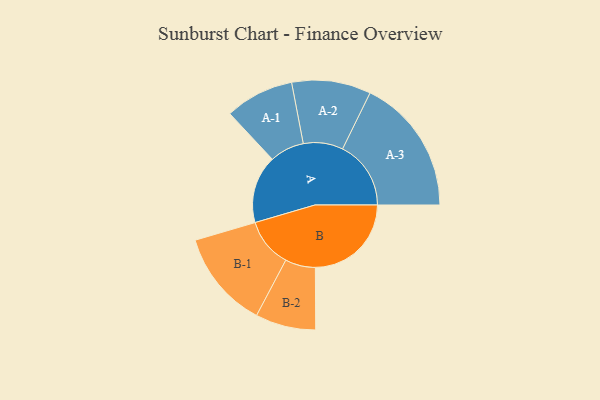
{"axis": {"x": "Segment", "y": "Value"}, "legend": ["", "A", "B"], "data": [{"x": "A", "y": 238, "type": ""}, {"x": "B", "y": 337, "type": ""}, {"x": "A-1", "y": 121, "type": "A"}, {"x": "A-2", "y": 139, "type": "A"}, {"x": "A-3", "y": 240, "type": "A"}, {"x": "B-1", "y": 172, "type": "B"}, {"x": "B-2", "y": 106, "type": "B"}]}